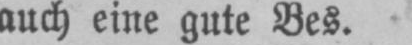
auch eine gute Bes.